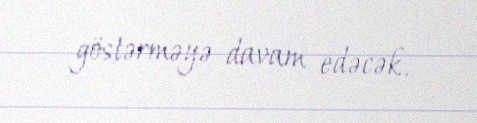
göstərməyə davam edəcək.